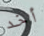
أخد